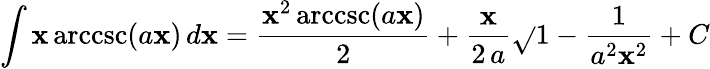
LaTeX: \int\mathbf{x}\operatorname{arccsc}(a\mathbf{x})\, d\mathbf{x}={\frac{{\mathbf{x}^{2}\operatorname{arccsc}(a\mathbf{x})}}{{2}}}+{\frac{{\mathbf{x}}}{{2\, a}}}{\sqrt{}{{1-{\frac{{1}}{{a^{2}\mathbf{x}^{2}}}}}}}+C